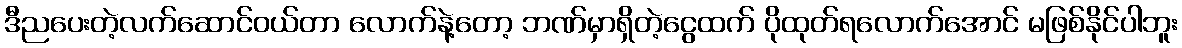
ဒီညပေးတဲ့လက်ဆောင်ဝယ်တာ လောက်နဲ့တော့ ဘဏ်မှာရှိတဲ့ငွေထက် ပိုထုတ်ရလောက်အောင် မဖြစ်နိုင်ပါဘူး